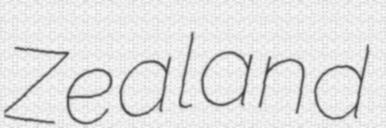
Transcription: Zealand